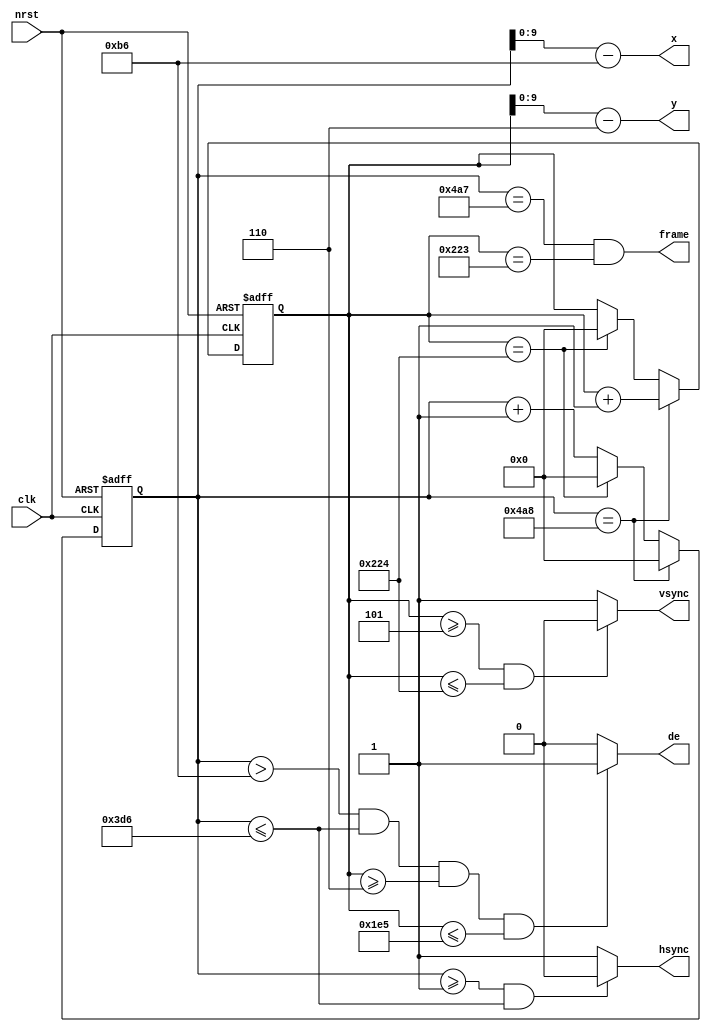
module LCD
(
    input clk,
    input nrst,
    output [9:0] x,
    output [9:0] y,
    output vsync,
    output hsync,
    output de,
    output frame
);

    localparam SCREEN_WIDTH  = 16'd800;
    localparam SCREEN_HEIGHT = 16'd480;

    localparam V_SYNC       = 16'd5;
    localparam V_FRONTPORCH = 16'd62;
    localparam V_BACKPORCH  = 16'd6;

    localparam H_SYNC       = 16'd1;
    localparam H_FRONTPORCH = 16'd210;
    localparam H_BACKPORCH  = 16'd182;

    localparam FRAME_WIDTH  = H_BACKPORCH + H_FRONTPORCH + SCREEN_WIDTH;
    localparam FRAME_HEIGHT = V_BACKPORCH + V_FRONTPORCH + SCREEN_HEIGHT;

    reg [15:0] x_offset;
    reg [15:0] y_offset;

    always @(posedge clk or negedge nrst) begin
        if (!nrst ) begin
            y_offset <= 16'b0;
            x_offset <= 16'b0;
        end
        else if (x_offset == FRAME_WIDTH) begin
            x_offset <= 16'b0;
            y_offset <= y_offset + 1'b1;
        end
        else if (y_offset == FRAME_HEIGHT) begin
            y_offset <= 16'b0;
            x_offset <= 16'b0;
        end
        else begin
            x_offset <= x_offset + 1'b1;
        end
    end

    assign x = x_offset - H_BACKPORCH;
    assign y = y_offset - V_BACKPORCH;

    assign vsync = ((y_offset >= V_SYNC ) && (y_offset <= FRAME_HEIGHT)) ? 1'b0 : 1'b1;
    assign hsync = ((x_offset >= H_SYNC) && (x_offset <= (FRAME_WIDTH - H_FRONTPORCH))) ? 1'b0 : 1'b1;

    assign de = ((x_offset > H_BACKPORCH) &&
                (x_offset <= FRAME_WIDTH - H_FRONTPORCH) &&
                (y_offset >= V_BACKPORCH) &&
                (y_offset <= FRAME_HEIGHT - V_FRONTPORCH - 1)) ? 1'b1 : 1'b0;

    assign frame = (x_offset == FRAME_WIDTH - 1) & (y_offset == FRAME_HEIGHT - 1);

endmodule